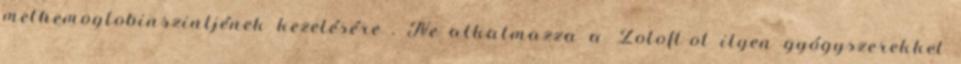
methemoglobinszintjének kezelésére . Ne alkalmazza a Zoloft-ot ilyen gyógyszerekkel